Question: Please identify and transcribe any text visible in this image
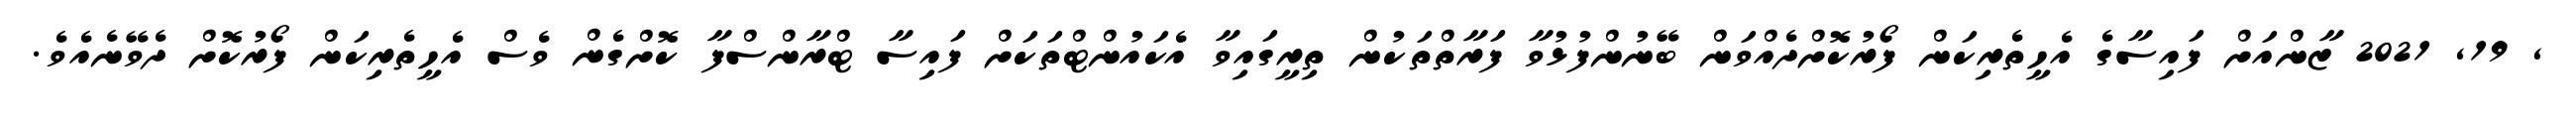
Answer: , 19, 2021 ޒާންއަށް ފައިސާގެ އެހީތެރިކަން ފޯރުކޮށްދެއްވަން ބޭނުންފުޅުވާ ފަރާތްތަކުން ތިރީގައިވާ އެކައުންޓްތަކަށް ފައިސާ ޓްރާންސްފާ ކޮށްގެން ވެސް އެހީތެރިކަން ފޯރުކޮށް ދެވޭނެއެވެ.